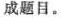
成题目。